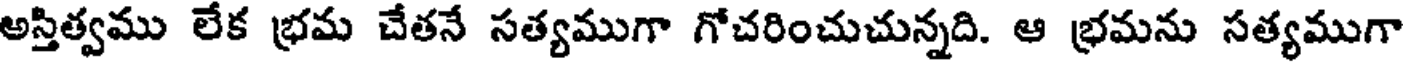
అస్తిత్వము లేక భ్రమ చేతనే సత్యముగా గోచరించుచున్నది. ఆ భ్రమను సత్యముగా